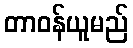
တာဝန်ယူမည်